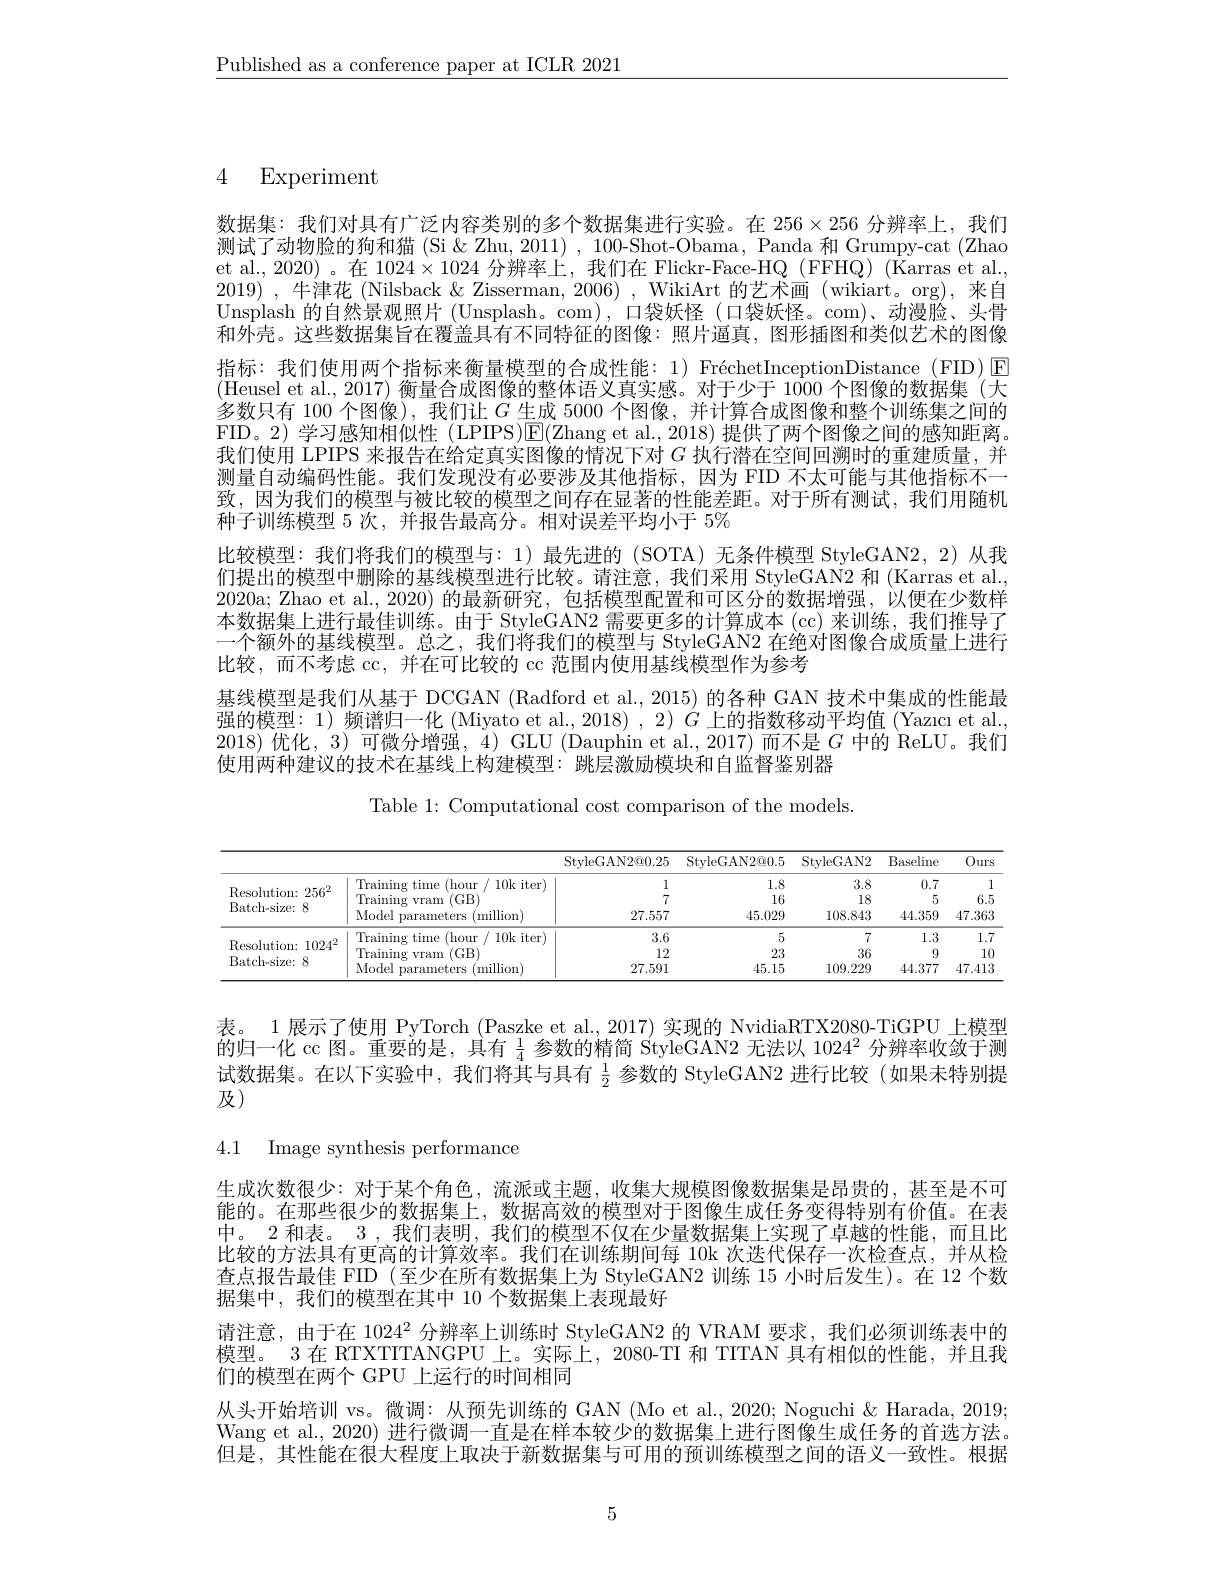
$\underline{\text{Published as a conference paper at ICLR 2021}}$

4 Experiment

数据集：我们对具有广泛内容类别的多个数据集进行实验。在$256\times256$分辨率上，我们测试了动物脸的狗和猫 (Si&Zhu, 2011) ,100-Shot-Obama, Panda 和 Grumpy-cat (Zhao et al., 2020)。在 1024$\times1024\times10$24 分辨率上，我们在 Flickr-Face-HQ (FFHQ) (Karras et al., 2019) ,牛津花 (Nilsback & Zisserman, 2006) , WikiArt 的艺术画 (wikiart。org), 来自Unsplash 的自然景观照片 (Unsplash。com),口袋妖怪 (口袋妖怪。com)、动漫脸、头骨和外壳。这些数据集旨在覆盖具有不同特征的图像：照片逼真，图形插图和类似艺术的图像指标：我们使用两个指标来衡量模型的合成性能：1) FréchetInceptionDistance (FID)[E] (Heusel et al., 2017) 衡量合成图像的整体语义真实感。对于少于 1000 个图像的数据集(大多数只有 100 个图像), 我们让$G$生成 5000 个图像，并计算合成图像和整个训练集之间的FID。2)学习感知相似性(LPIPS)$\overline{\mathrm{E}}($Zhang et al., 2018) 提供了两个图像之间的感知距离。我们使用 LPIPS 来报告在给定真实图像的情况下对$G$执行潜在空间回溯时的重建质量，并测量自动编码性能。我们发现没有必要涉及其他指标，因为 FID 不太可能与其他指标不一致，因为我们的模型与被比较的模型之间存在显著的性能差距。对于所有测试，我们用随机种子训练模型 5 次，并报告最高分。相对误差平均小于 5%
比较模型：我们将我们的模型与：1)最先进的(SOTA)无条件模型 StyleGAN2,2)从我们提出的模型中删除的基线模型进行比较。请注意，我们采用 StyleGAN2 和 (Karras et al., 2020a; Zhao et al., 2020) 的最新研究，包括模型配置和可区分的数据增强，以便在少数样本数据集上进行最佳训练。由于 StyleGAN2 需要更多的计算成本 (cc) 来训练，我们推导了一个额外的基线模型。总之，我们将我们的模型与 StyleGAN2 在绝对图像合成质量上进行比较，而不考虑 cc, 并在可比较的 cc 范围内使用基线模型作为参考
基线模型是我们从基于 DCGAN (Radford et al., 2015) 的各种 GAN 技术中集成的性能最强的模型：1) 频谱归一化 (Miyato et al., 2018) , 2) $G$上的指数移动平均值 (Yazıcı et al., 2018)优化，3)可微分增强，4) GLU (Dauphin et al., 2017) 而不是$G$中的 ReLU。我们使用两种建议的技术在基线上构建模型：跳层激励模块和自监督鉴别器

Table 1: Computational cost comparison of the models.

<table>
	<tbody>
		<tr>
			<th> </th>
			<th> </th>
			<th>StyleGAN2@0.25</th>
			<th>StyleGAN2@ 0. 5</th>
			<th>StyleGAN2</th>
			<th>Baseline</th>
			<th>Ours</th>
		</tr>
		<tr>
			<td rowspan="3">Resolution: 25$6^{2}$ Batch- size: $\hat{S}$</td>
			<td>Training time (hour r/10k iter)</td>
			<td>1</td>
			<td>1.8</td>
			<td>3.8</td>
			<td>0.7</td>
			<td>1</td>
		</tr>
		<tr>
			<td>Training (GB) $g$ vram</td>
			<td>7</td>
			<td>16</td>
			<td>18</td>
			<td>5</td>
			<td>6.5</td>
		</tr>
		<tr>
			<td>Model parameters $s$ $( {\mathrm{million}})$</td>
			<td>27.557</td>
			<td>45.029</td>
			<td>108.843</td>
			<td>44.359</td>
			<td>47.363</td>
		</tr>
		<tr>
			<td> </td>
			<td>Training time (hour r/10k iter)</td>
			<td>3.6</td>
			<td>5</td>
			<td>7</td>
			<td>1.3</td>
			<td>1.7</td>
		</tr>
		<tr>
			<td rowspan="2">Resolution: 1024 Batch- size: 8</td>
			<td>Training (GB) $\bullet$ vram</td>
			<td>12</td>
			<td>23</td>
			<td>36</td>
			<td>9</td>
			<td>10</td>
		</tr>
		<tr>
			<td>Model $({\mathrm{million}})$ parameters</td>
			<td>27.591</td>
			<td>45.15</td>
			<td>109.229</td>
			<td>44.377</td>
			<td>47.413</td>
		</tr>
	</tbody>
</table>

表。1 展示了使用 PyTorch (Paszke et al., 2017) 实现的 NvidiaRTX2080-TiGPU 上模型的归一化 cc 图。重要的是，具有$\frac14$参数的精简 StyleGAN2 无法以 1024$^2$分辨率收敛于测试数据集。在以下实验中，我们将其与具有$\frac12$参数的 StyleGAN2 进行比较(如果未特别提及)

4.1 Image synthesis performance

生成次数很少：对于某个角色，流派或主题，收集大规模图像数据集是昂贵的，甚至是不可能的。在那些很少的数据集上，数据高效的模型对于图像生成任务变得特别有价值。在表中。2 和表。3 , 我们表明，我们的模型不仅在少量数据集上实现了卓越的性能，而且比比较的方法具有更高的计算效率。我们在训练期间每 10k 次迭代保存一次检查点，并从检查点报告最佳 FID (至少在所有数据集上为 StyleGAN2 训练 15 小时后发生)。在 12 个数据集中，我们的模型在其中 10 个数据集上表现最好

请注意，由于在 1024$^{2}$分辨率上训练时 StyleGAN2 的 VRAM 要求，我们必须训练表中的模型。3 在 RTXTITANGPU 上。实际上，2080-TI 和 TITAN 具有相似的性能，并且我们的模型在两个 GPU 上运行的时间相同
从头开始培训 vs。微调：从预先训练的 GAN (Mo et al., 2020; Noguchi & Harada, 2019; Wang et al., 2020) 进行微调一直是在样本较少的数据集上进行图像生成任务的首选方法。但是，其性能在很大程度上取决于新数据集与可用的预训练模型之间的语义一致性。根据

5